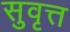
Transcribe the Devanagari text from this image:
सुवृत्त